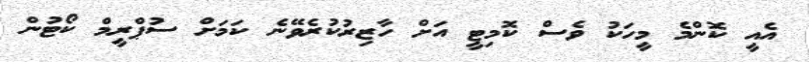
އެއީ ކޮންމެ މީހަކު ވެސް ކޮމިޓީ އަށް ހާޒިރުކުރެވޭނެ ކަމަށް ސުޕްރީމް ކޯޓުން